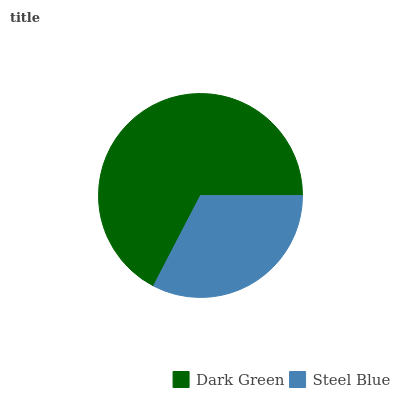
| Dark Green | Steel Blue |
 | --- | --- |
 | 67.4% | 32.6% |